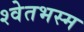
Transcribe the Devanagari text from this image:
श्वेतभस्म